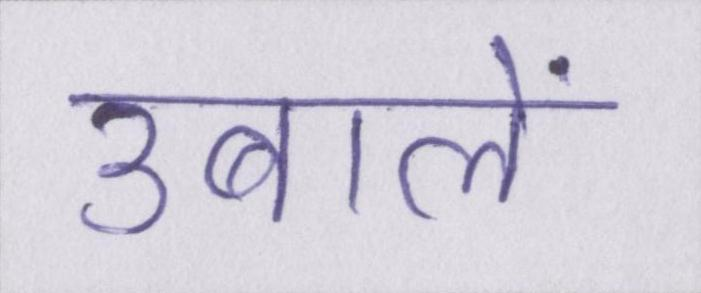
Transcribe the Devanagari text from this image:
उबालें